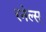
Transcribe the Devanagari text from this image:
रनेल्स